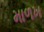
માળખ